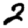
Digit: 2